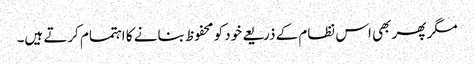
مگر پھر بھی اس نظام کے ذریعے خود کو محفوظ بنانے کا اہتمام کرتے ہیں۔